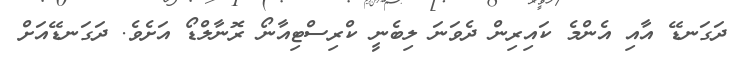
ދަގަނޑޭ އާއި އެންމެ ކައިރިން ދެވަނަ ލިބެނީ ކްރިސްޓިއާނޯ ރޮނާލްޑޯ އަށެވެ. ދަގަނޑޭއަށް